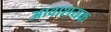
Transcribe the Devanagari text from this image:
आवाशयक